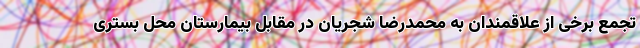
تجمع برخی از علاقمندان به محمدرضا شجریان در مقابل بیمارستان محل بستری